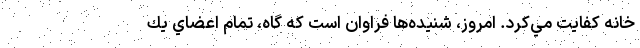
خانه كفايت مي‌كرد. امروز، شنيده‌ها فراوان است كه گاه، تمام اعضاي يك